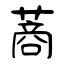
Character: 蔏